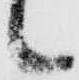
候